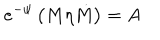
e ^ { - \psi } \left( M \eta \dot { M } \right) = A